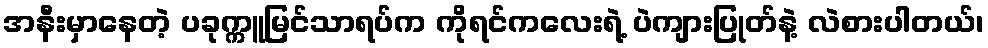
အနီးမှာနေတဲ့ ပခုက္ကူမြင်သာရပ်က ကိုရင်ကလေးရဲ့ ပဲကျားပြုတ်နဲ့ လဲစားပါတယ်၊